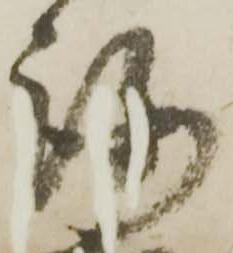
路